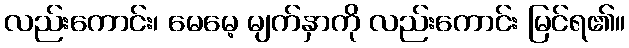
လည်းကောင်း၊ မေမေ့ မျက်နှာကို လည်းကောင်း မြင်ရ၏။